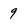
Character: 9